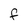
Character: f